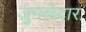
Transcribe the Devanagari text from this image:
जुमलेदारः